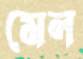
মেল